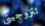
تتزوجيني